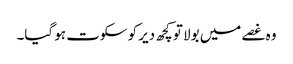
وہ غصے میں بولا تو کچھ دیر کو سکوت ہو گیا۔